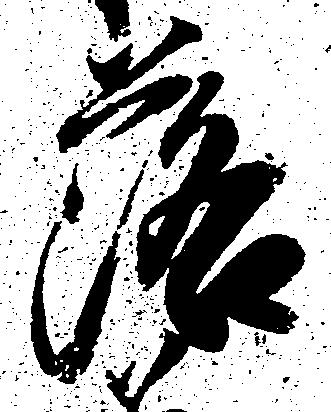
落